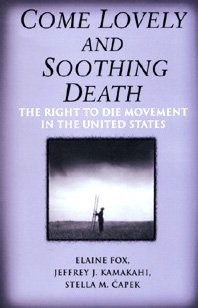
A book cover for Come Lovely and Soothing Death; Elaine Fox; Medical Books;